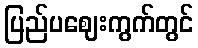
ပြည်ပဈေးကွက်တွင်